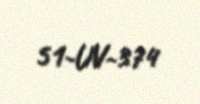
51-UV-374